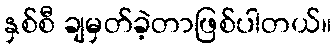
နှစ်စီ ချမှတ်ခဲ့တာဖြစ်ပါတယ်။